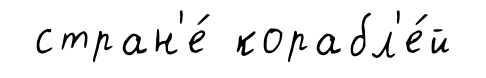
стран'е́ корабл'е́й